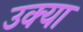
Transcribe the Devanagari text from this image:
उक्या